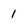
Character: 1